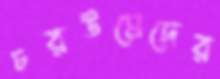
চরউমেদের